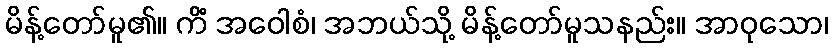
မိန့်တော်မူ၏။ ကိံ အဝေါစံ၊ အဘယ်သို့ မိန့်တော်မူသနည်း။ အာဝုသော၊